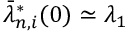
\bar { \lambda } _ { n , i } ^ { * } ( 0 ) \simeq \lambda _ { 1 }